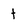
Character: t